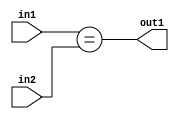
`timescale 1ps / 1ps
/*****************************************************************************
    Verilog RTL Description
    
    
    Created by: Stratus DpOpt 21.05.01 
*******************************************************************************/

module Filter_Equal_4Ux3U_1U_1 (
	in2,
	in1,
	out1
	); /* architecture "behavioural" */ 
input [3:0] in2;
input [2:0] in1;
output  out1;
wire  asc001;

assign asc001 = (in1==in2);

assign out1 = asc001;
endmodule

/* CADENCE  urnxTwE= : u9/ySxbfrwZIxEzHVQQV8Q== ** DO NOT EDIT THIS LINE ******/